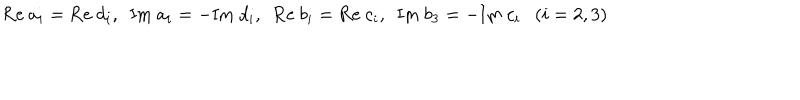
\mathrm { R e } ~ a _ { i } = \mathrm { R e } ~ d _ { i } , ~ ~ \mathrm { I m } ~ a _ { i } = - \mathrm { I m } ~ d _ { i } , ~ ~ \mathrm { R e } ~ b _ { i } = \mathrm { R e } ~ c _ { i } , ~ ~ \mathrm { I m } ~ b _ { 3 } = - \mathrm { I m } ~ c _ { i } ( i = 2 , 3 )